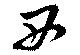
西